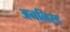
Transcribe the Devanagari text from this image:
अनलिस्ड